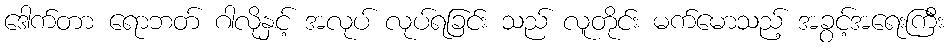
ဒေါက်တာ ရောဘတ် ဂါလိုနှင့် အလုပ် လုပ်ရခြင်း သည် လူတိုင်း မက်မောသည့် အခွင့်အရေးကြီး